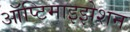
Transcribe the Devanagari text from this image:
ऑप्टिमाइझेशन